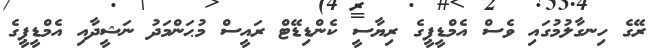
ރޭގެ ހިނގާލުމުގައި ވެސް އެމްޑީޕީގެ ރިޔާސީ ކެންޑިޑޭޓް ރައީސް މުޙަންމަދު ނަޝީދާއި އެމްޑީޕީގެ